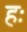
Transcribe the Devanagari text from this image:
हः